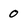
Character: 0